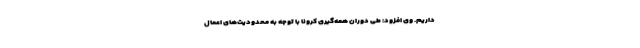
داریم. وی افزود: طی دوران همه‌گیری کرونا با توجه به محدودیت‌های اعمال